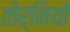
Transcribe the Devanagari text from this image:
तोर्नियो